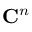
\mathbf { C } ^ { n }